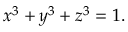
x ^ { 3 } + y ^ { 3 } + z ^ { 3 } = 1 .